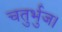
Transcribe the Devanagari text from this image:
चतुर्भुज।